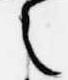
之